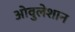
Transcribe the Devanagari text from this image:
ओवुलेशान